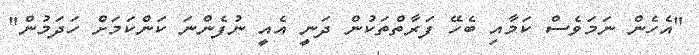
"އެހެން ނަމަވެސް ކަމާއި ބެހޭ ފަރާތްތަކުން ދަނީ އެއީ ނުފެންނަ ކަންކަމަށް ހަދަމުން"